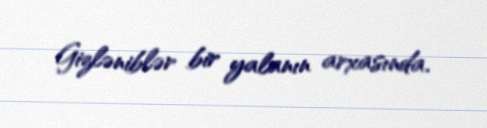
Gizləniblər bir yalanın arxasında.